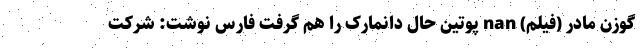
گوزن مادر (فیلم) nan پوتین حال دانمارک را هم گرفت فارس نوشت: شرکت